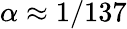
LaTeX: \alpha\approx 1/137